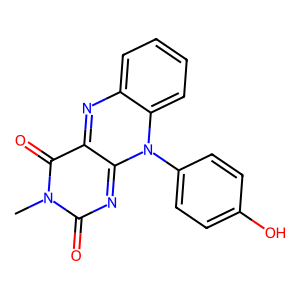
SMILES: Cn1c(=O)nc2n(-c3ccc(O)cc3)c3ccccc3nc-2c1=O
Inhibits HIV replication: No